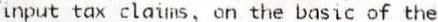
INPUT TAX CLAIMS, ON THE BASIC OF THE